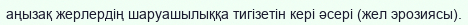
аңызақ жерлердің шаруашылыққа тигізетін кері әсері (жел эрозиясы).